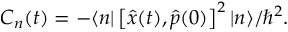
\begin{array} { r } { C _ { n } ( t ) = - \langle n | \left[ { \hat { x } } ( t ) , \hat { p } ( 0 ) \right] ^ { 2 } | n \rangle / \hbar ^ { 2 } . } \end{array}